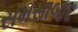
સમસાબાદ